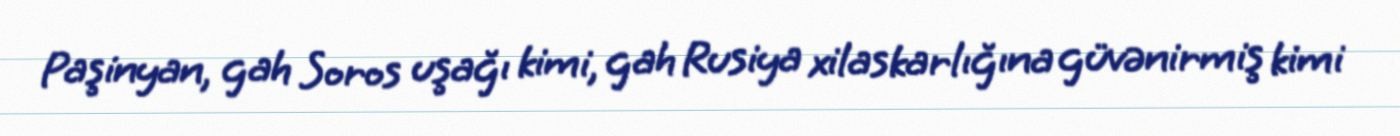
Paşinyan, gah Soros uşağı kimi, gah Rusiya xilaskarlığına güvənirmiş kimi